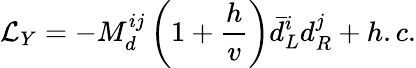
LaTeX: {\cal L}_{Y}=-M_{d}^{ij}\left(1+\frac{h}{v}\right)\bar{d}_{L}^{i}d_{R}^{j}+h.c.